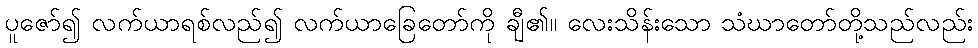
ပူဇော်၍ လက်ယာရစ်လည်၍ လက်ယာခြေတော်ကို ချီ၏။ လေးသိန်းသော သံဃာတော်တို့သည်လည်း